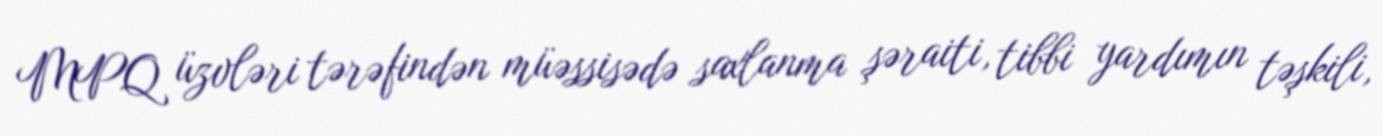
MPQ üzvləri tərəfindən müəssisədə saxlanma şəraiti, tibbi yardımın təşkili,